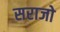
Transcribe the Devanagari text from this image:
सराजो